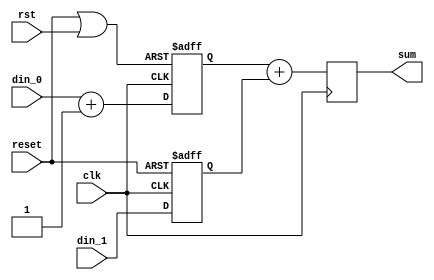
// Generator : SpinalHDL v1.7.2    git head : 08fc866bebdc40c471ebe327bface63e34406489
// Component : ResetArea_1
// Git hash  : 23d564a3e9d4d768c2cb1641ec7dc2becc0d2602

`timescale 1ns/1ps

module ResetArea_1 (
  input      [1:0]    din_0,
  input      [1:0]    din_1,
  output reg [1:0]    sum,
  input               rst,
  input               reset,
  input               clk
);

  wire                withRst_newReset;
  reg        [1:0]    withRst_s;
  reg        [1:0]    b_d;

  assign withRst_newReset = (reset || rst);
  always @(posedge clk or posedge withRst_newReset) begin
    if(withRst_newReset) begin
      withRst_s <= 2'b00;
    end else begin
      withRst_s <= (din_0 + 2'b01);
    end
  end

  always @(posedge clk or posedge reset) begin
    if(reset) begin
      b_d <= 2'b00;
    end else begin
      b_d <= din_1;
    end
  end

  always @(posedge clk) begin
    sum <= (withRst_s + b_d);
  end


endmodule